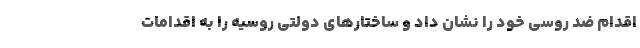
اقدام ضد روسی خود را نشان داد و ساختارهای دولتی روسیه را به اقدامات